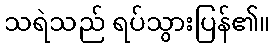
သရဲသည် ရပ်သွားပြန်၏။